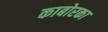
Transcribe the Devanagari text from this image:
काबोरका